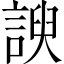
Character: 諛